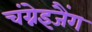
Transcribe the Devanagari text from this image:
चंग्नेइजैंग